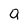
Character: Q